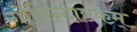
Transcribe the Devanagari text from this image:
गोविन्दाष्टकम्‌